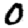
Digit: 0